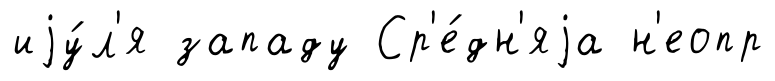
иjу́л'я западу Ср'е́дн'яjа н'еопр